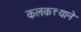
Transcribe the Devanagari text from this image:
कलकत्त्याने